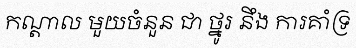
កណ្តាល មួយចំនួន ជា ថ្នូរ នឹង ការគាំទ្រ